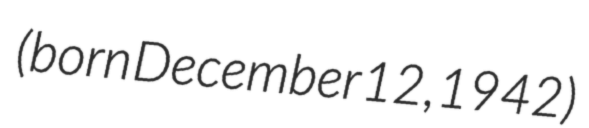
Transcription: (born December 12, 1942)